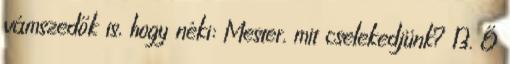
vámszedők is, hogy néki: Mester, mit cselekedjünk? 13. Ő